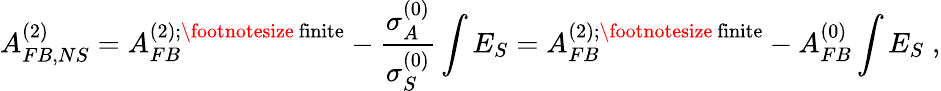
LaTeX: A_{FB,NS}^{(2)}=A_{FB}^{(2);\mathrm{\footnotesize~finite}}-\frac{\sigma_{A}^{(0)}}{\sigma_{S}^{(0)}}\int E_{S}=A_{FB}^{(2);\mathrm{\footnotesize~finite}}-A_{FB}^{(0)}\int E_{S}\; ,